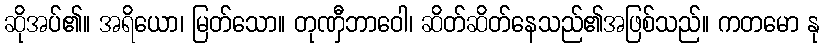
ဆိုအပ်၏။ အရိယော၊ မြတ်သော။ တုဏှီဘာဝေါ၊ ဆိတ်ဆိတ်နေသည်၏အဖြစ်သည်။ ကတမော နု